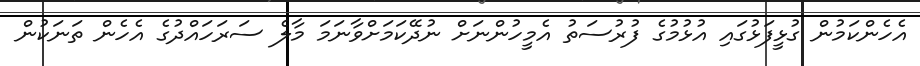
އެހެންކަމުން ގުޅީފަޅުގައި އުޅުމުގެ ފުރުސަތު އެމީހުންނަށް ނުދޭކަމަށްވާނަމަ މާލެ ސަރަހައްދުގެ އެހެން ތަނަކުން